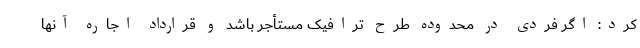
کرد: اگر فردی در محدوده طرح ترافیک مستأجر باشد و قرارداد اجاره آنها